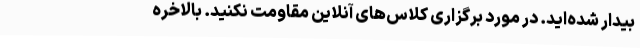
بیدار شده‌اید. در مورد برگزاری کلاس‌های آنلاین مقاومت نکنید. بالاخره